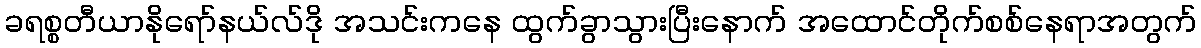
ခရစ္စတီယာနိုရော်နယ်လ်ဒို အသင်းကနေ ထွက်ခွာသွားပြီးနောက် အထောင်တိုက်စစ်နေရာအတွက်